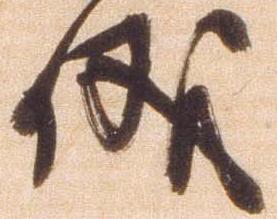
儀